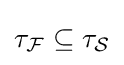
\tau _{\mathcal {F}}\subseteq \tau _{\mathcal {S}}